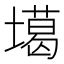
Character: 𡑪